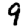
Digit: 9